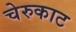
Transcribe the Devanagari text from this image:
चेरुकाट